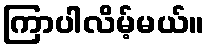
ကြာပါလိမ့်မယ်။